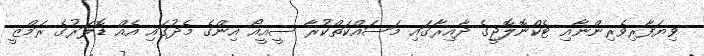
ވިޔަފާރިވެރިންނާއި ޓެކްނޮލޮޖީގެ ދާއިރާގައި މަސައްކަތްކުރާ ސީއީއޯ އިންގެ މެދުގައި އެއް ޑޮލަރުގެ ރަމްޒީ